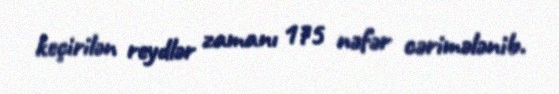
keçirilən reydlər zamanı 175 nəfər cərimələnib.